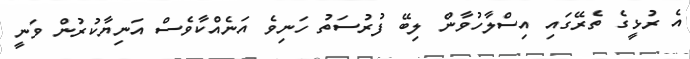
އެ ރުޅީގެ ތެރޭގައި އިސްލާހުވާން ލިބޭ ފުރުސަތު ހަނިވެ އަނެއްކާވެސް އަނިޔާކުރުން ވަނީ